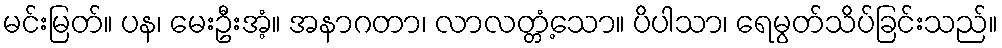
မင်းမြတ်။ ပန၊ မေးဦးအံ့။ အနာဂတာ၊ လာလတ္တံ့သော။ ပိပါသာ၊ ရေမွတ်သိပ်ခြင်းသည်။